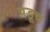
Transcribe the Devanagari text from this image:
पडूच